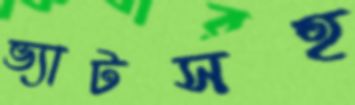
ভ্যাটসহ